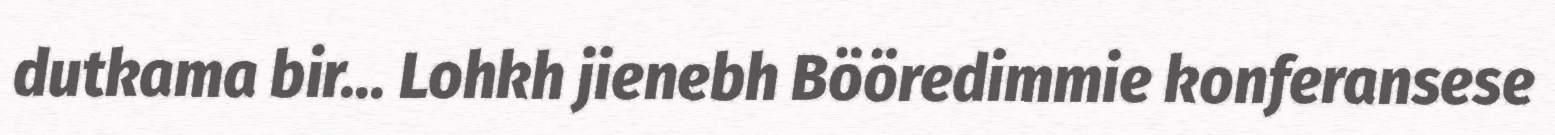
dutkama bir... Lohkh jienebh Bööredimmie konferansese